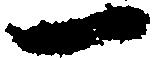
一